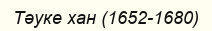
Тәуке хан (1652-1680)